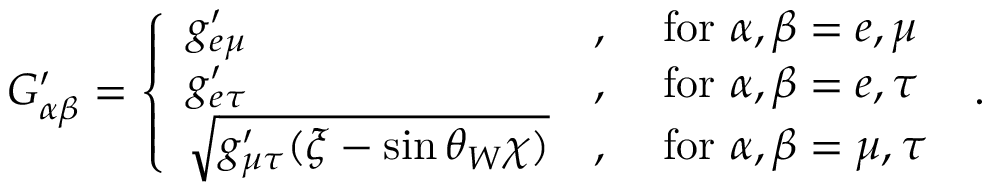
G _ { \alpha \beta } ^ { \prime } = \left\{ \begin{array} { l l l } { g _ { e \mu } ^ { \prime } } & { , } & { ~ \mathrm { f o r } ~ \alpha , \beta = e , \mu } \\ { g _ { e \tau } ^ { \prime } } & { , } & { ~ \mathrm { f o r } ~ \alpha , \beta = e , \tau } \\ { \sqrt { g _ { \mu \tau } ^ { \prime } ( \xi - \sin \theta _ { W } \chi ) } } & { , } & { ~ \mathrm { f o r } ~ \alpha , \beta = \mu , \tau } \end{array} \right. \; .